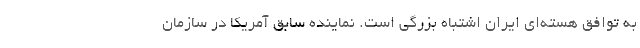
به توافق هسته‌ای ایران اشتباه بزرگی است. نماینده سابق آمریکا در سازمان